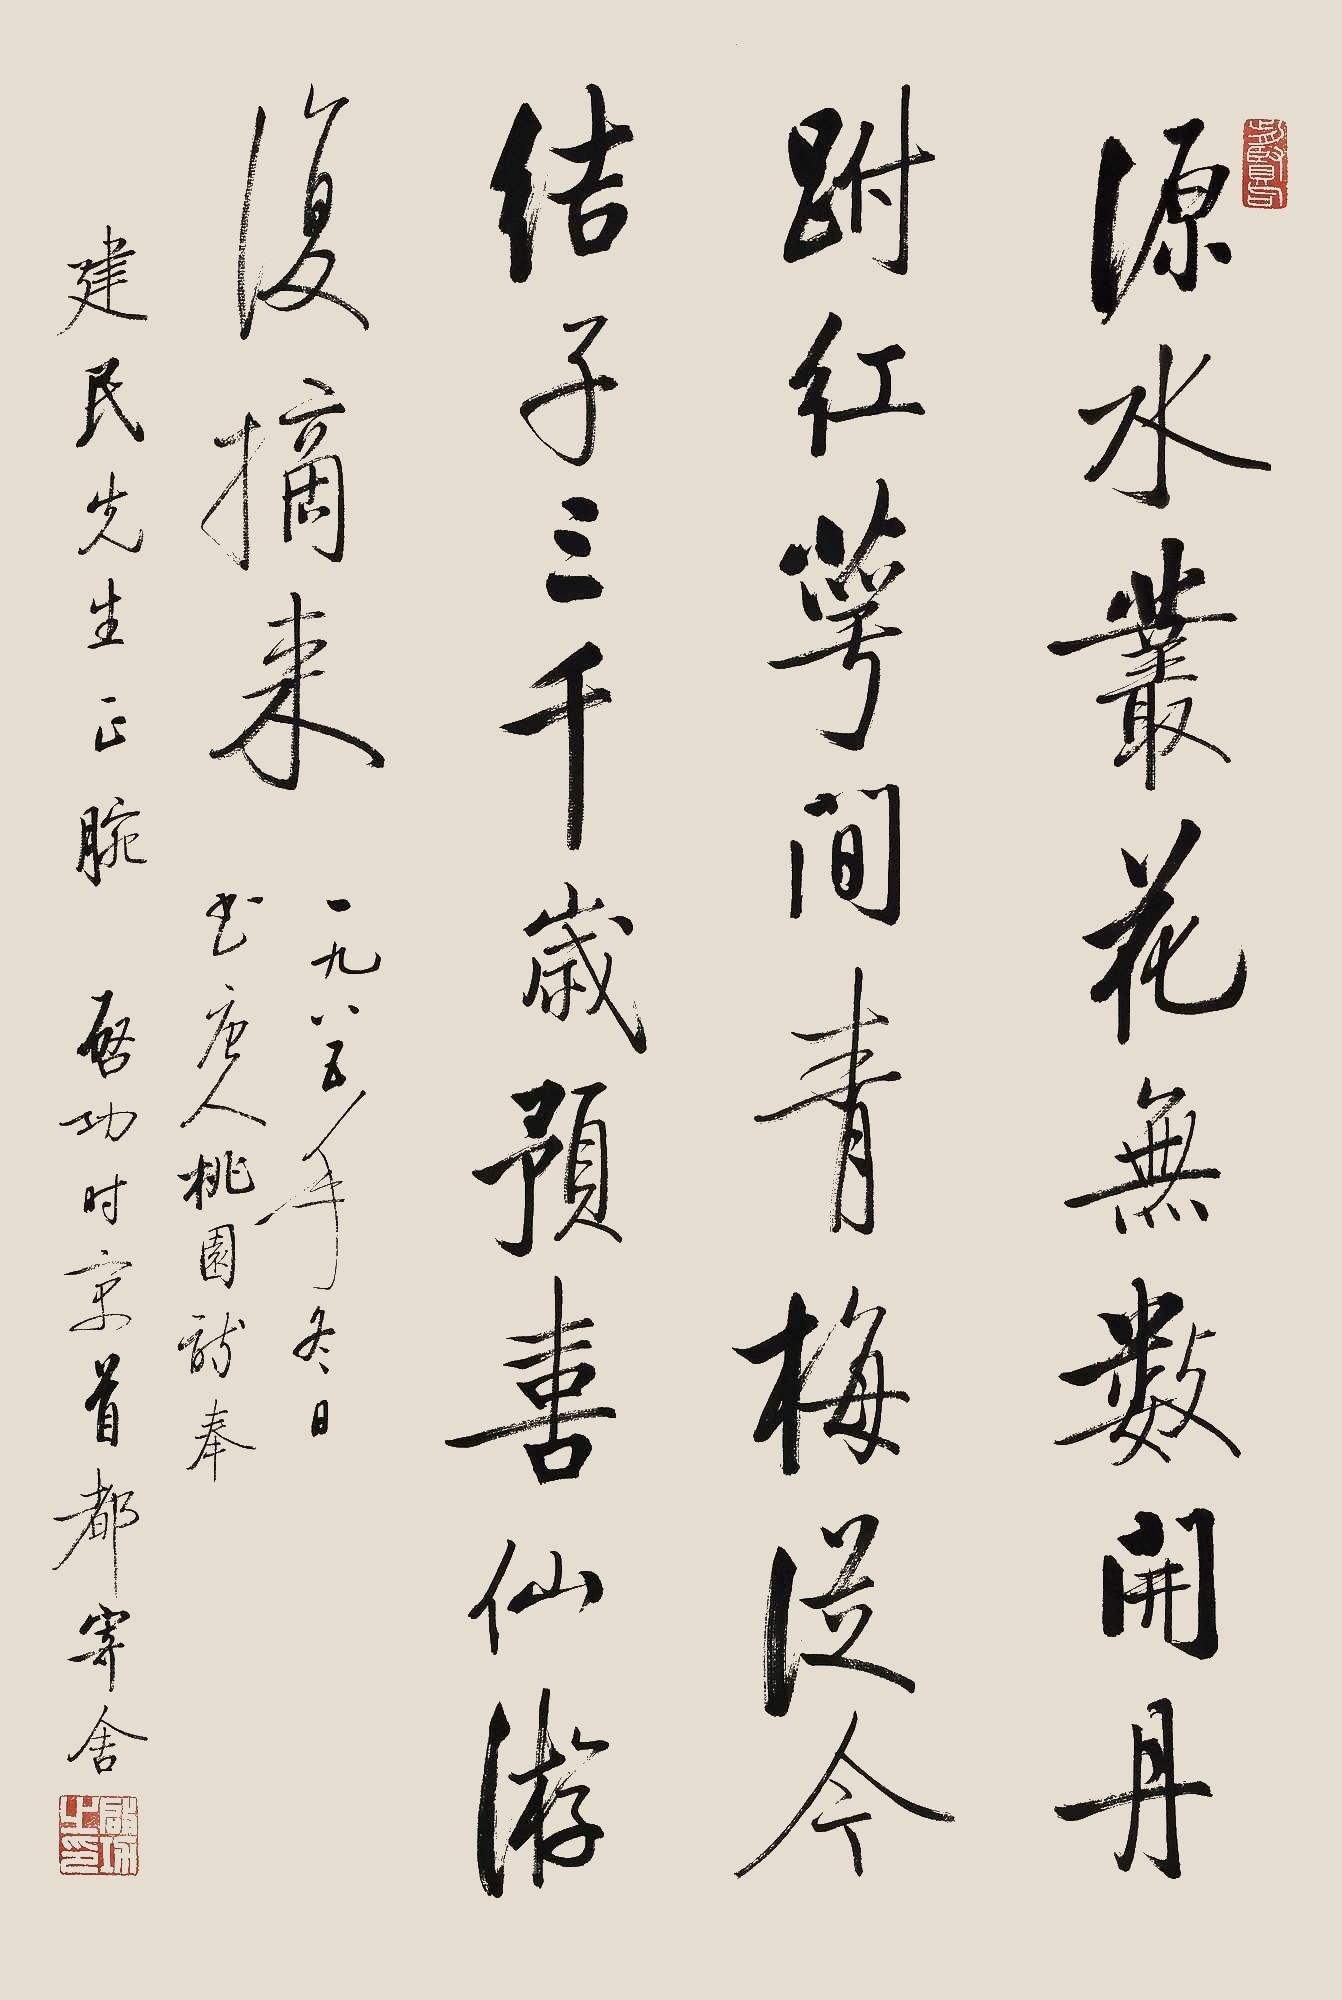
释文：源水丛花无数开，丹跗红萼间青梅。从今结子三千岁，预喜仙游复摘来。一九八五年冬日，书唐人桃园诗，奉建民先生正腕。启功时寓首都寄舍。